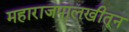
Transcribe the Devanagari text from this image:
महाराजपालखीतून